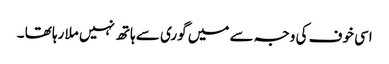
اسی خوف کی وجہ سے میں گوری سے ہاتھ نہیں ملا رہا تھا ۔